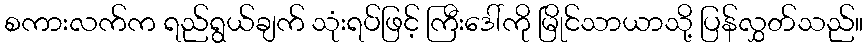
စကားလက်က ရည်ရွယ်ချက် သုံးရပ်ဖြင့် ကြီးဒေါ်ကို မြိုင်သာယာသို့ ပြန်လွှတ်သည်။